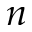
n